Civil Veterinary Dept. Assam report 1911-1927 - 1911-1927
Year: 1911
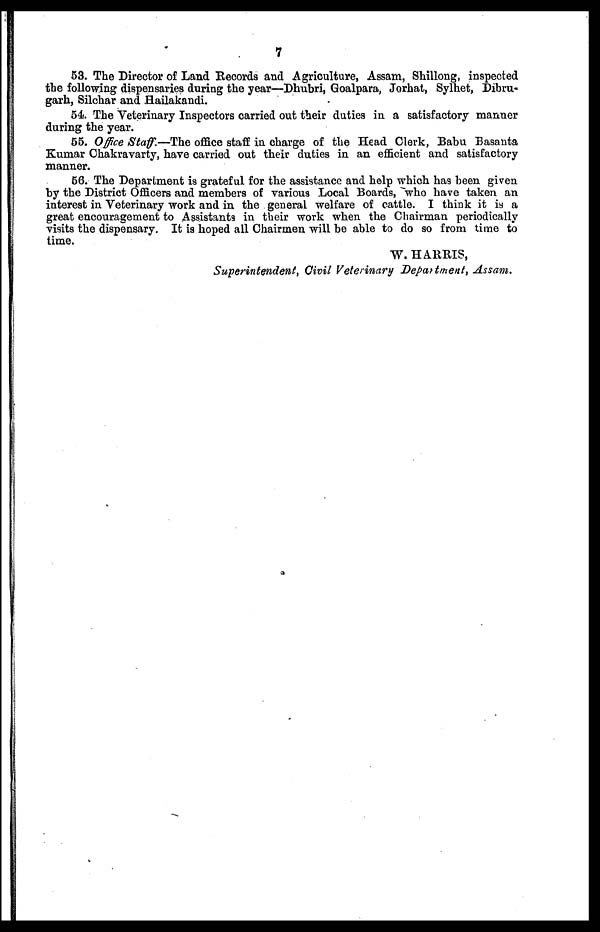
7
53. The Director of Land Records and Agriculture, Assam, Shillong, inspected
the following dispensaries during the year—Dhubri, Goalpara, Jorhat, Sylhet, Dibru-
garh, Silchar and Hailakandi.
54. The Veterinary Inspectors carried out their duties in a satisfactory manner
during the year.
55. Office Staff.—The office staff in charge of the Head Clerk, Babu Basanta
Kumar Chakravarty, have carried out their duties in an efficient and satisfactory
manner.
56. The Department is grateful for the assistance and help which has been given
by the District Officers and members of various Local Boards, who have taken an
interest in Veterinary work and in the general welfare of cattle. I think it is a
great encouragement to Assistants in their work when the Chairman periodically
visits the dispensary. It is hoped all Chairmen will be able to do so from time to
time.
W. HARRIS,
Superintendent, Civil Veterinary Department, Assam.